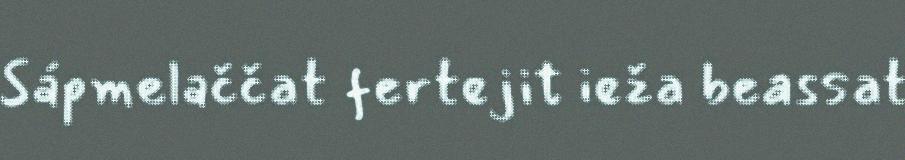
Sápmelaččat fertejit ieža beassat